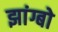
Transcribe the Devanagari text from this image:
झांग्बो